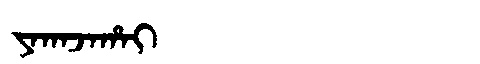
Manchu: ᠶᠠᡴᠠᠵᠠᡥᠠᡳ
Romanization: YAKAJAHAI